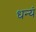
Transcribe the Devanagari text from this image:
धन्यं